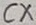
Text: CX